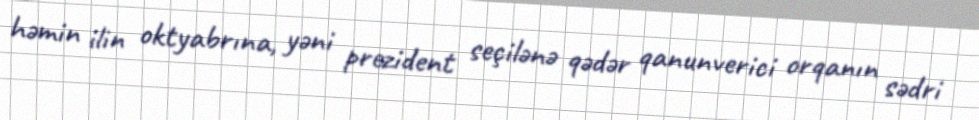
həmin ilin oktyabrına, yəni prezident seçilənə qədər qanunverici orqanın sədri